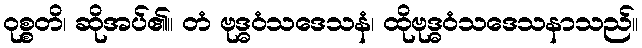
ဝုစ္စတိ၊ ဆိုအပ်၏။ တံ ဗုဒ္ဓဝံသဒေသနံ၊ ထိုဗုဒ္ဓဝံသဒေသနာသည်။